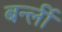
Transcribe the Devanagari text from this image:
बर्न्ली